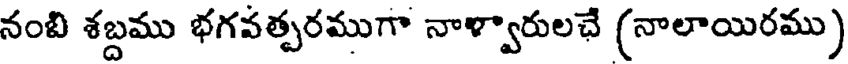
నంబి శబ్దము భగవత్పరముగా నాళ్వారులచే (నాలాయిరము)